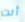
أنت